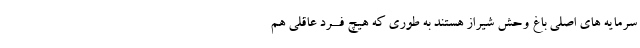
سرمایه هاى اصلى باغ وحش شیراز هستند به طوری که هیچ فــرد عاقلى هم